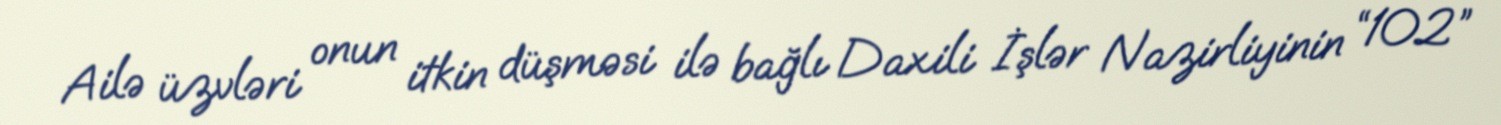
Ailə üzvləri onun itkin düşməsi ilə bağlı Daxili İşlər Nazirliyinin “102”